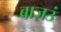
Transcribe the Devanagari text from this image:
बाज़उं